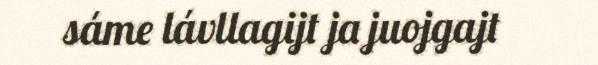
sáme lávllagijt ja juojgajt